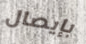
بإيصال